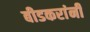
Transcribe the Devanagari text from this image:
बीडकरांनी